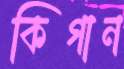
কিগান